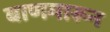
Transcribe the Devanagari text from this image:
बाणमारून